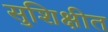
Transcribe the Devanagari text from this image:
सुशिक्षीत